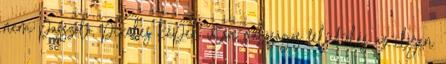
nem passzoló, pixeles képek után valóságos felüdülés az ilyen